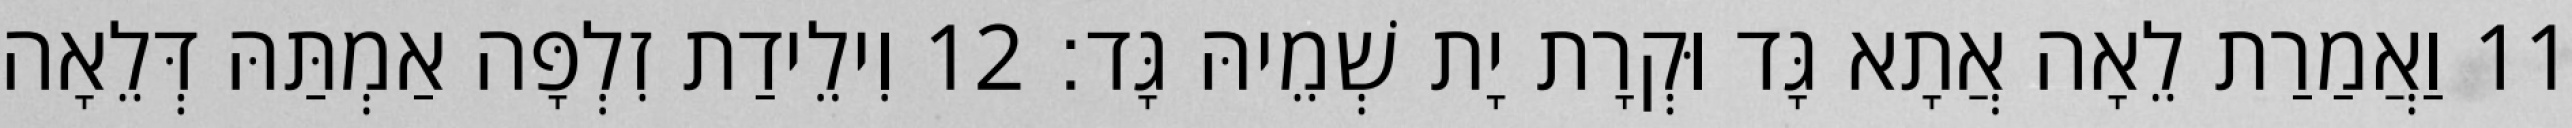
11 וַאֲמַרַת לֵאָה אֲתָא גָּד וּקְרָת יָת שְׁמֵיהּ גָּד׃ 12 וִילֵידַת זִלְפָּה אַמְתַּהּ דְּלֵאָה